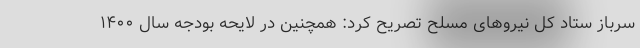
سرباز ستاد کل نیروهای مسلح تصریح کرد: همچنین در لایحه بودجه سال ۱۴۰۰